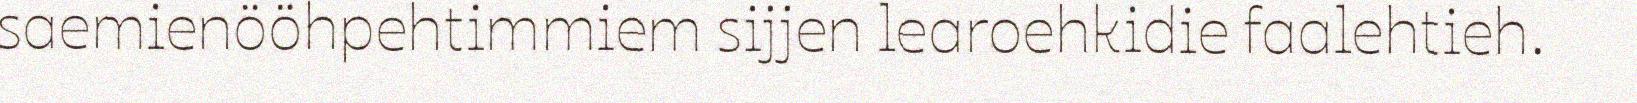
saemienööhpehtimmiem sijjen learoehkidie faalehtieh.